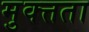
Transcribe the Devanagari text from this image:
मुक्त्तता